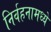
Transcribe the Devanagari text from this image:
निर्वहनामध्ये